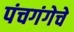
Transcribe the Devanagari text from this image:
पंचगंगेचे